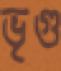
ভৃগু